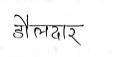
मजकूर: दौलदार